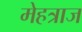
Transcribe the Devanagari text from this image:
मेहत्राज